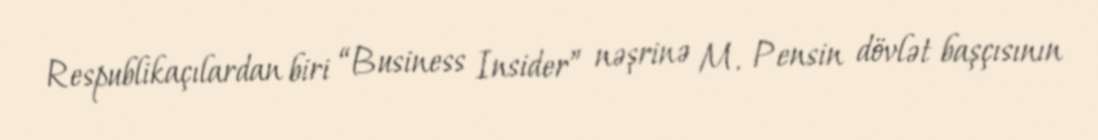
Respublikaçılardan biri “Business Insider” nəşrinə M. Pensin dövlət başçısının